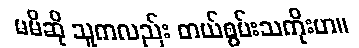
မမိဆို သူကလည်း တယ်စွမ်းသကိုးဟ။